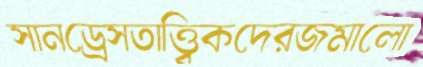
সানড্রেসতাত্ত্বিকদেরজমালো